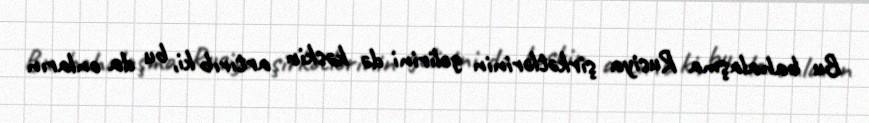
Bu bahalaşma Rusiya şirkətlərinin gəlirini də kəskin artırıb ki, bu da onların